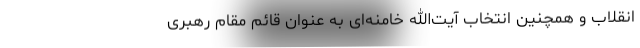
انقلاب و همچنین انتخاب آیت‌الله خامنه‌ای به عنوان قائم مقام رهبری